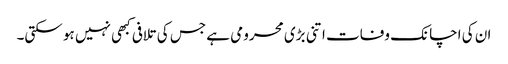
ان کی اچانک وفات اتنی بڑی محرومی ہے جس کی تلافی کبھی نہیں ہو سکتی۔